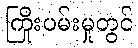
ကြိုးပမ်းမှုတွင်